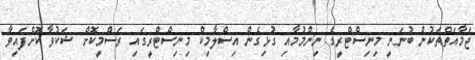
ޖަމާއަތްތަކުން ބުނަނީ މިނިސްޓްރީގެ ނިންމުމާއި ގުޅިގެން އިސްލާމިކް މިނިސްޓްރީގައި ރަސްމީކޮށް ޝަކުވާ ކޮށްފައިވާ